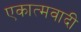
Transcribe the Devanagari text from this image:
एकात्मवादी